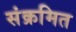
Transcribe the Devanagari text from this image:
संक्रमित